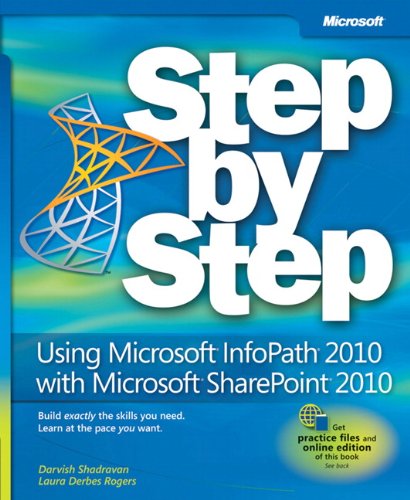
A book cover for Using Microsoft InfoPath 2010 with Microsoft SharePoint 2010 Step by Step; Darvish Shadravan; Computers & Technology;